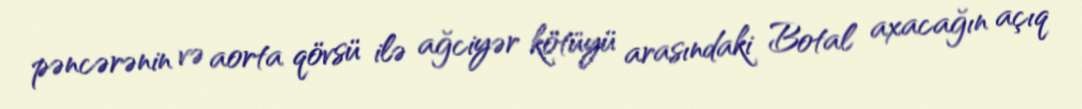
pəncərənin və aorta qövsü ilə ağciyər kötüyü arasındaki Botal axacağın açıq